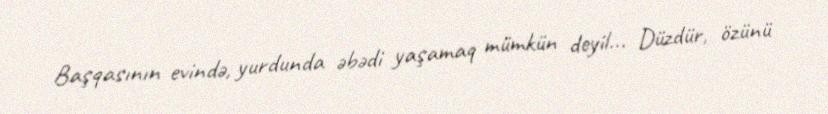
Başqasının evində, yurdunda əbədi yaşamaq mümkün deyil... Düzdür, özünü